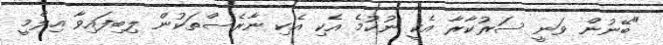
"ބޭނުން ވަނީ ސަރުކާރާ އެކީ ނުކުމެ އެކި އެކި ނާރެސްތަކުން ލިބިފައިވާ އިލްމީ